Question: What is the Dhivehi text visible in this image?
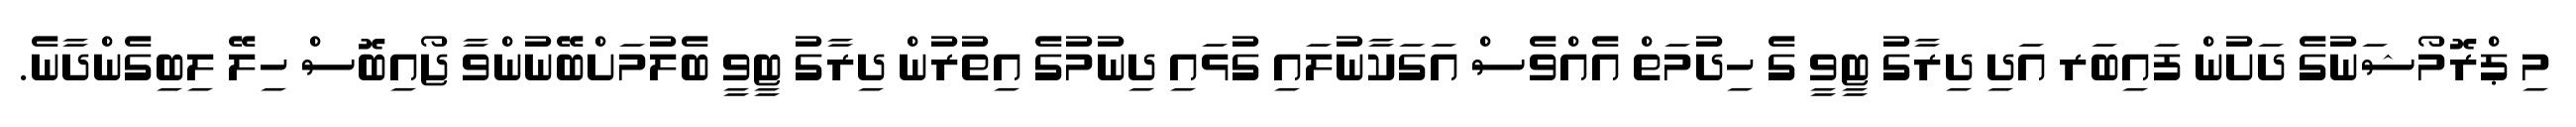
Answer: މި ޕްރޮމޯޝަނުގެ ދަށުން ފައިބަރ އަދި ދިރާގު ޓީވީ ގެ ހިދުމަތް އެއްވެސް އަގަކާނުލައި ގުޅައި ދިނުމުގެ އިތުރުން ދިރާގު ޓީވީ ބެލުމަށްބޭނުންވާ ޖޯއިބޮސް ހިލޭ ލިބިގެންދާނެ.